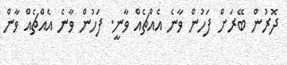
ދޮރުން ބޭރަށް ފަހުން ވާނެ އެއްޗެއް ވާނީ. ފަހުން ވާނެ އެއްޗެއް ވާން